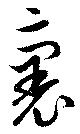
裹